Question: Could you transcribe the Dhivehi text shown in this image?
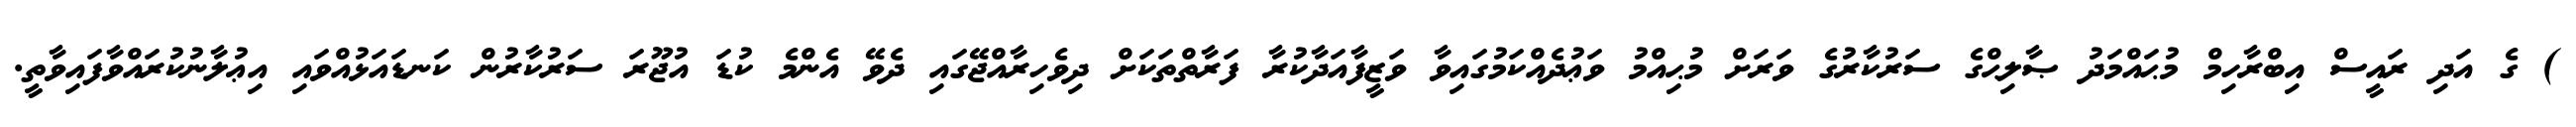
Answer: ) ގެ އަދި ރައީސް އިބްރާހިމް މުޙައްމަދު ޞާލިޙްގެ ސަރުކާރުގެ ވަރަށް މުޙިއްމު ވަޢުދެއްކަމުގައިވާ ވަޒީފާއަދާކުރާ ފަރާތްތަކަށް ދިވެހިރާއްޖޭގައި ދެވޭ އެންމެ ކުޑަ އުޖޫރަ ސަރުކާރުން ކަނޑައަޅުއްވައި އިޢުލާނުކުރައްވާފައިވާތީ.